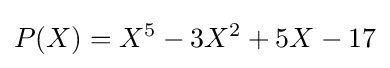
P(X)=X^{5}-3X^{2}+5X-17